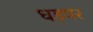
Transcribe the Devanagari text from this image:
धड़पर